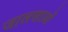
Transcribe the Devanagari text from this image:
जालसाज़ों